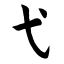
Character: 弋